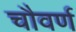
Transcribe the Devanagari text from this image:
चौवर्ण